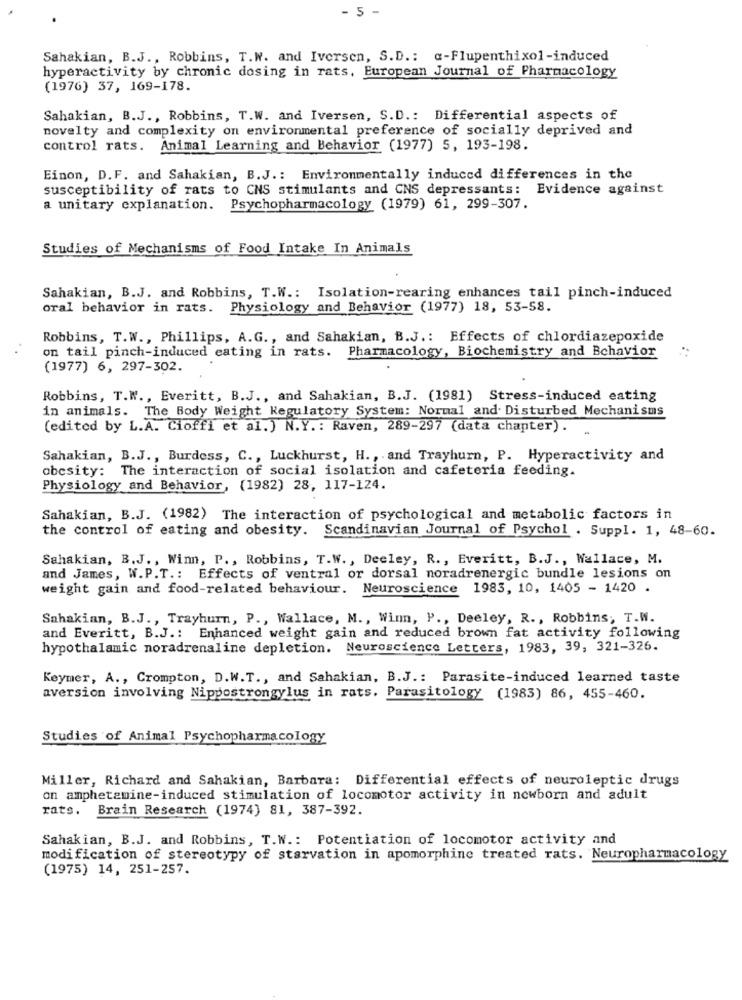
- 5 -
Sahakian, B.J ., Robbins, T.W. and Iversen, S.D .: a-Flupenthixol-induced
hyperactivity by chronic dosing in rats, European Journal of Pharmacology
(1976) 37, 169-178.
Sahakian, B.J ., Robbins, T.W. and Iversen, S.D .: Differential aspects of
novelty and complexity on environmental preference of socially deprived and
control rats. Animal Learning and Behavior (1977) 5, 193-198.
Einon, D.F. and Sahakian, B.J .: Environmentally induced differences in the
susceptibility of rats to CNS stimulants and CNS depressants:
Evidence against
a unitary explanation. Psychopharmacology (1979) 61, 299-307.
Studies of Mechanisms of Food Intake In Animals
Sahakian, B.J. and Robbins, T.W .: Isolation-rearing enhances tail pinch-induced
oral behavior in rats.
Physiology and Behavior (1977) 18, 53-58.
Robbins, T.W ., Phillips, A.G ., and Sahakian, B.J .: Effects of chlordiazepoxide
on tail pinch-induced eating in rats. Pharmacology, Biochemistry and Behavior
(1977) 6, 297-302.
Robbins, T.W ., Everitt, B.J ., and Sahakian, B.J. (1981) Stress-induced eating
in animals. The Body Weight Regulatory System: Normal and Disturbed Mechanisms
(edited by L.A. Cioffi et al.) N.Y .: Raven, 289-297 (data chapter).
Sahakian, B.J ., Burdess, C ., Luckhurst, H ., and Trayhurn, P. Hyperactivity and
obesity: The interaction of social isolation and cafeteria feeding.
Physiology and Behavior, (1982) 28, 117-124.
Sahakian, B.J. (1982) The interaction of psychological and metabolic factors in
the control of eating and obesity. Scandinavian Journal of Psychol . Suppl. 1, 48-60.
Sahakian, B.J ., Winn, P ., Robbins, T.W ., Deeley, R ., Everitt, B.J ., Wallace, M.
and James, W.P.T .: Effects of ventral or dorsal noradrenergic bundle lesions on
weight gain and food-related behaviour. Neuroscience 1983, 10, 1405 - 1420 .
Sahakian, B.J ., Trayhurn, P ., Wallace, M ., Winn, P ., Deeley, R ., Robbins; T.W.
and Everitt, B.J .: Enhanced weight gain and reduced brown fat activity following
hypothalamic noradrenaline depletion. Neuroscience Letters, 1983, 39, 321-326.
Keymer, A ., Crompton, D.W.T ., and Sahakian, B.J .: Parasite-induced learned taste
aversion involving Nippostrongylus in rats. Parasitology (1983) 86, 455-460.
Studies of Animal Psychopharmacology
Miller, Richard and Sahakian, Barbara: Differential effects of neuroleptic drugs
on amphetamine-induced stimulation of locomotor activity in newborn and adult
rats.
Brain Research (1974) 81, 387-392.
Sahakian, B.J. and Robbins, T.W .: Potentiation of locomotor activity and
modification of stereotypy of starvation in apomorphine treated rats. Neuropharmacology
(1975) 14, 251-257.